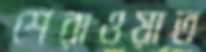
শেরাওয়াত